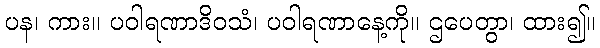
ပန၊ ကား။ ပဝါရဏာဒိဝသံ၊ ပဝါရဏာနေ့ကို။ ဌပေတွာ၊ ထား၍။